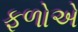
ફળોએ